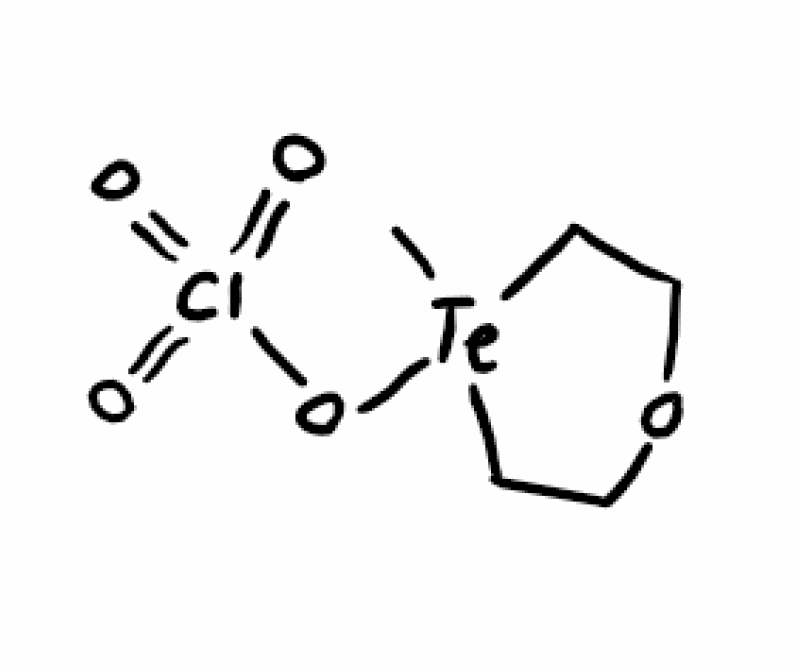
Simplified molecular-input line-entry system (SMILES) notation of the given molecule:
C[Te]1(CCOCC1)OCl(=O)(=O)=O